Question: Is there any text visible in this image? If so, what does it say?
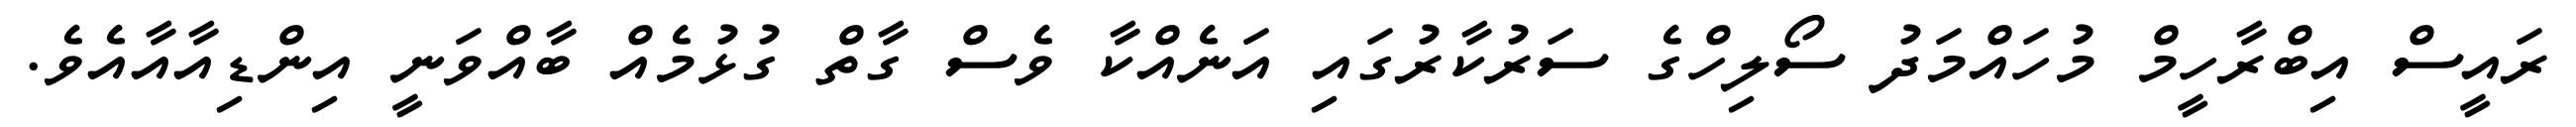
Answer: ރައީސް އިބްރާހީމް މުހައްމަދު ސޯލިހްގެ ސަރުކާރުގައި އަނެއްކާ ވެސް ގާތް ގުޅުމެއް ބާއްވަނީ އިންޑިއާއާއެވެ.